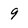
Character: 9